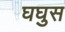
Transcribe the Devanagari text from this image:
घघुस